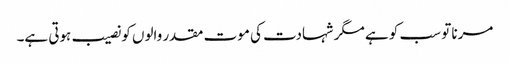
مرنا تو سب کو ہے مگر شہادت کی موت مقدر والوں کو نصیب ہوتی ہے۔